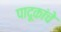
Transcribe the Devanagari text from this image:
पादूकांचे